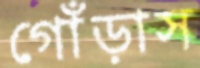
গোঁড়াস